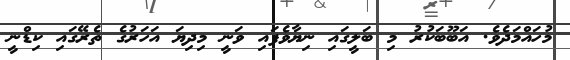
މުހައްމަދެވެ. އަބޫބަކުރު މި ބަލީގައި ނިޔާވެފައި ވަނީ މިދިޔަ އަހަރުގެ ތެރޭގައި ކިޑްނީ